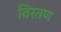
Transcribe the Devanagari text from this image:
विरतण